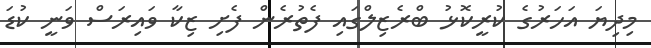
މިދިޔަ އަހަރުގެ ކުރީކޮޅު ބްރެޒިލްގައި ފެތުރެން ފެށި ޒިކާ ވައިރަސް ވަނީ ކުޑަ